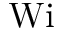
\mathrm { W i }